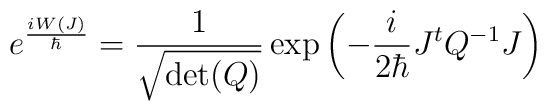
e^{\frac{i W(J)}{\hbar}}= \frac{1}{\sqrt{\det(Q)}}  \exp\left( -\frac{i}{2\hbar} J^t Q^{-1} J \right)